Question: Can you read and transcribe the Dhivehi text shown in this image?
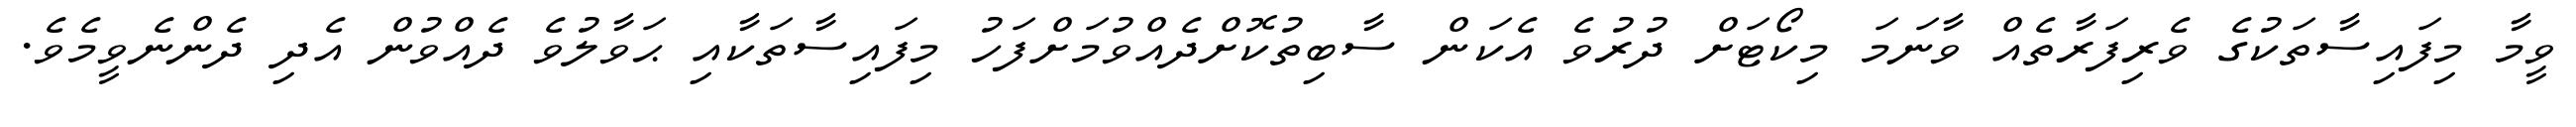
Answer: ވީމާ މިފައިސާތަކުގެ ވެރިފަރާތެއް ވާނަމަ މިކޯޓަށް ދުރުވެ އެކަން ސާބިތުކޮށްދެއްވުމަށްފަހު މިފައިސާތަކާއި ޙަވާލުވެ ދެއްވުން އެދި ދެންނެވީމެވެ.